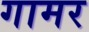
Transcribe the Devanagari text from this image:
गामर